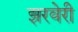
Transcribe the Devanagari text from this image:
झरवेरी